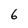
Character: 6